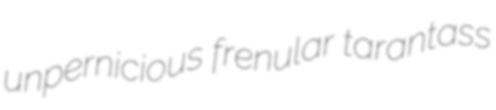
unpernicious frenular tarantass